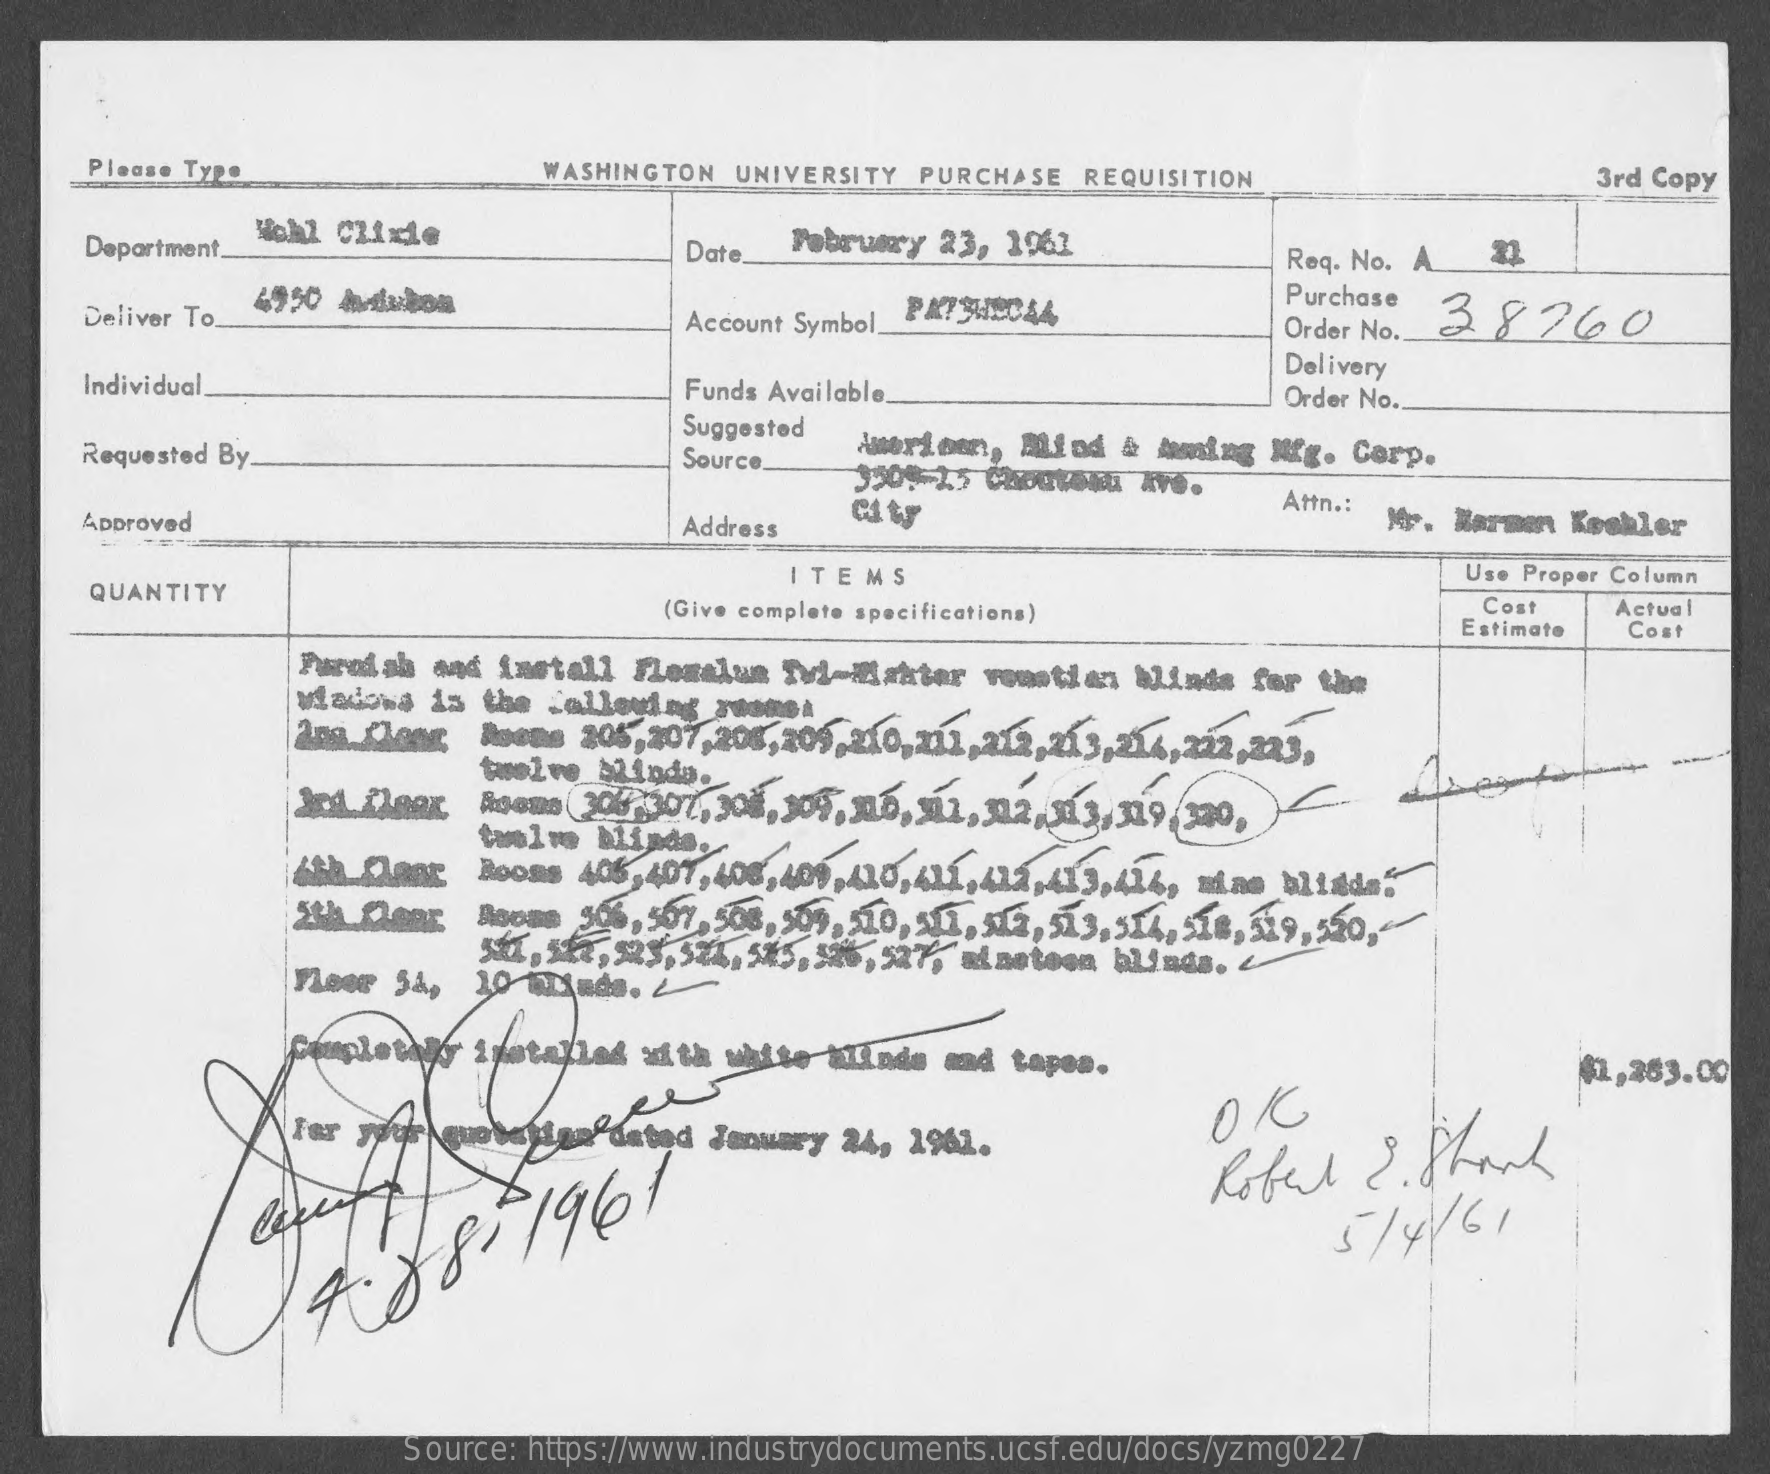
Please Type    WASHINGTON UNIVERSITY PURCHASE REQUISITION    3rd Copy
     Department.
     Wohl Clixie
     Date_ Pobarumry 23, 1961
     Req. No. A.
     Purchase
     38260 Deliver To.
     4950 Audubon
     Account Symbol PKT SHECA4
     Order No.
     Delivery
     Individual.    Funds Available.    Order No.
     Suggested
     Requested By.    Source.   Amariom, Find & Auning Mfg. Corp.
     City    Attn .: Mr. Harmen Keshler Approved Address
     -=-
     ITEMS    Use Proper Column
     QUANTITY
     (Give complete specifications)    Cost
     Estimate
     Actual
     Cost
     Furodab and install Fleralun Tvi-Makter venetian Blinds for the
     Madows is the Callering Funnet
     twelve Ainda.
     tuolms blinds.
     Rooms 406,407, 408,409,410, 411,412,413, 414, mine blinda:
     5th flens Boome 506, 507. 508, 509, 310, 311, 314, 513, 514, 518, 319, 550 ,..
     511, 5k7, 323, 524. 545, 525, 527, siaetoon blinds. L
     Fleer Så, 20
     $1,263.00
     for your quobelian dated January 24, 1961.
     5 / 4 /61 4.88-1961
     Source: https://www.industrydocuments.ucsf.edu/docs/yzmg0227